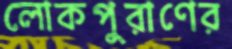
লোকপুরাণের